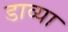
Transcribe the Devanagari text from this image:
डाव्‍या